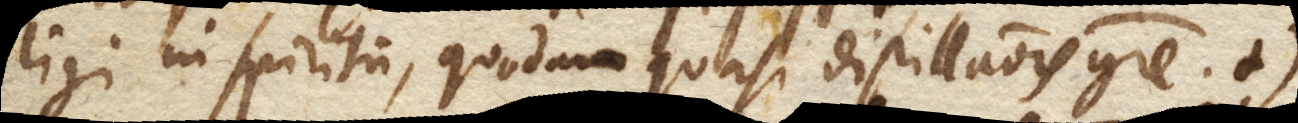
ligi in spiritum, quodam quasi distillationis genere. +)